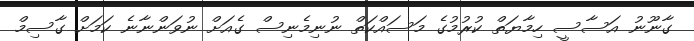
ގާނޫނު އަސާސީ ހިމާޔަތް ކުރުމުގެ މަސައްކަތް ނުނިމެނިސް ގެއަށް ނުވަންނާނެ ކަމަށް ގާސިމް